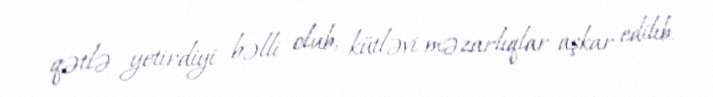
qətlə yetirdiyi bəlli olub, kütləvi məzarlıqlar aşkar edilib.